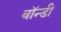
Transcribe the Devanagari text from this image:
बॉन्डी